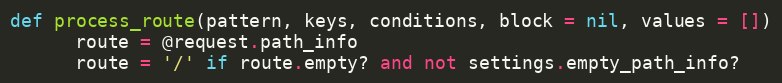
Language: Ruby
def process_route(pattern, keys, conditions, block = nil, values = [])
      route = @request.path_info
      route = '/' if route.empty? and not settings.empty_path_info?